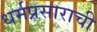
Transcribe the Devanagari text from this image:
धर्मप्रसाराची